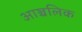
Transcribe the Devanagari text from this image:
आञ्चलिक